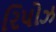
રિપોઝ